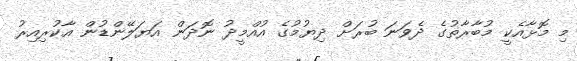
މި މޮޅާއެކީ މުބާރާތުގެ ދެވަނަ ބުރަށް ދިޔުމުގެ އުއްމީދު ނޮދަން އަޔަލޭންޑުން އާކުރިއިރު